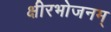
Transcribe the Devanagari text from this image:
क्षीरभोजनम्